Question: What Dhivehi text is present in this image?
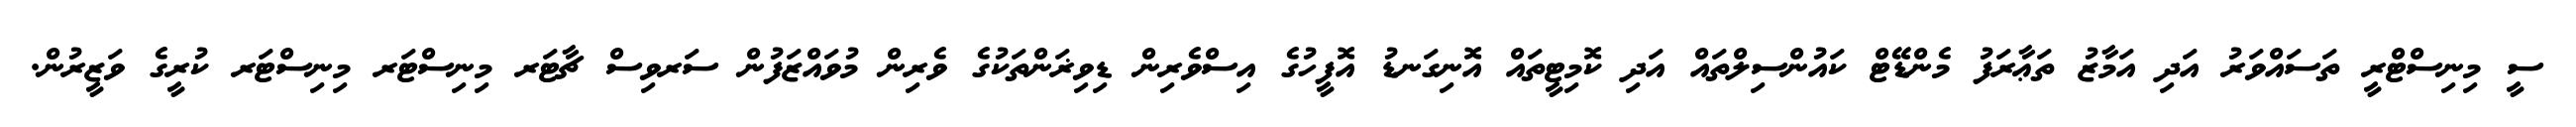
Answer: ސީ މިނިސްޓްރީ ތަސައްވަރު އަދި އަމާޒު ތަޢާރަފު މެންޑޭޓް ކައުންސިލްތައް އަދި ކޮމިޓީތައް އޮނިގަނޑު އޮފީހުގެ އިސްވެރިން ޑިވިޜަންތަކުގެ ވެރިން މުވައްޒަފުން ސަރވިސް ޗާޓަރ މިނިސްޓަރ މިނިސްޓަރ ކުރީގެ ވަޒީރުން.